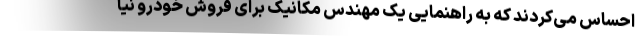
احساس می‌کردند که به راهنمایی یک مهندس مکانیک برای فروش خودرو نیا